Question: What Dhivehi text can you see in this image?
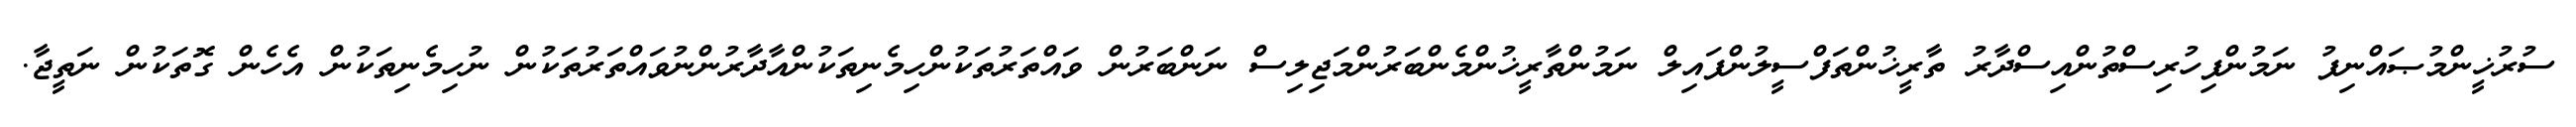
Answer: ސުރުޚީންމުޞައްނިފު ނަމުންފިހުރިސްތުންއިސްދާރު ތާރީޚުންތަފްސީލުންފައިލް ނަމުންތާރީޚުންމެންބަރުންމަޖިލިސް ނަންބަރުން ވައްތަރުތަކުންހިމެނިތަކުންއާދާރުންނުވައްތަރުތަކުން ނުހިމެނިތަކުން އެހެން ގޮތަކުން ނަތީޖާ.